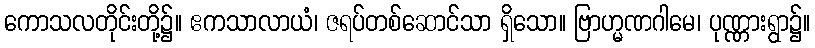
ကောသလတိုင်းတို့၌။ ဧကသာလာယံ၊ ဇရပ်တစ်ဆောင်သာ ရှိသော။ ဗြာဟ္မဏဂါမေ၊ ပုဏ္ဏားရွာ၌။